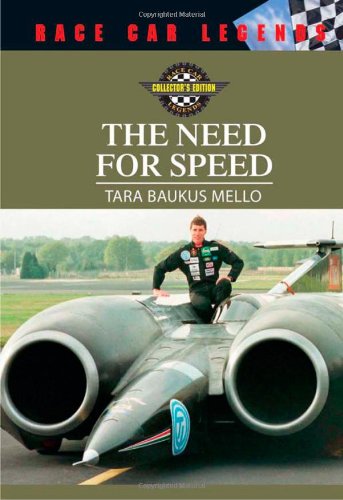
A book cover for The Need for Speed (Race Car Legends: Collector's Edition); Tara Baukus Mello; Teen & Young Adult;